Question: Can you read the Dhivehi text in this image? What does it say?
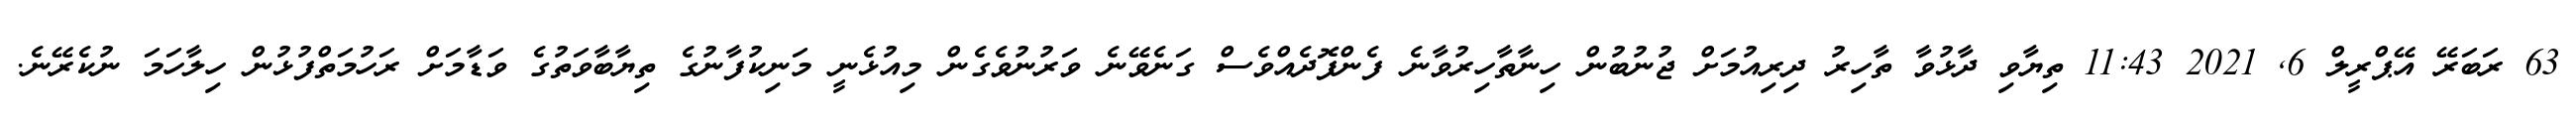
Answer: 63 ރަބަރޭ އޭޕްރީލް 6, 2021 11:43 ތިޔާވި ދާޅުވާ ތާހިރު ދިރިއުމަށް ޖުނުބުން ހިނާތާހިރުވާނެ ފެންފޮދެއްވެސް ގަނެވޭނެ ވަރުނުވެގެން މިއުޅެނީ މަނިކުފާނުގެ ތިޔާބާވަތުގެ ވަޑާމަށް ރަހުމަތްފުޅުން ހިލާހަމަ ނުކެރޭނެ.